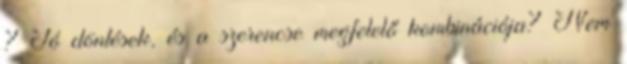
? Jó döntések, és a szerencse megfelelő kombinációja? Nem